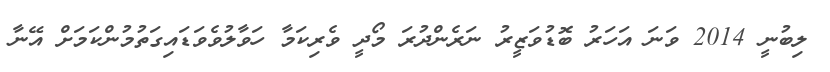
ލިބުނީ 2014 ވަނަ އަހަރު ބޮޑުވަޒީރު ނަރެންދުރަ މޯދީ ވެރިކަމާ ހަވާލުވެވަޑައިގަތުމުންކަމަށް އޭނާ